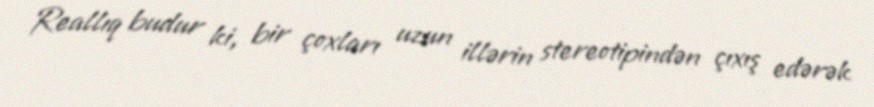
Reallıq budur ki, bir çoxları uzun illərin stereotipindən çıxış edərək